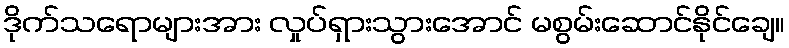
ဒိုက်သရောများအား လှုပ်ရှားသွားအောင် မစွမ်းဆောင်နိုင်ချေ။